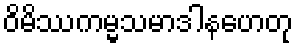
ဝိမိဿကမ္မသမာဒါနဟေတု